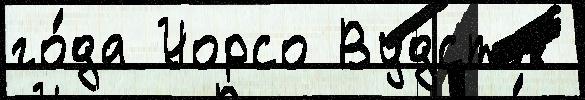
го́да Уорсо Вудсток